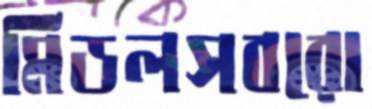
মিডলসবরো